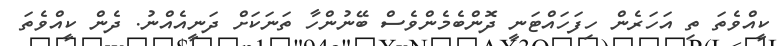
ކީއްވެތަ ތި އަހަރެން ހިފަހައްޓަނީ ދޮންބެމެންވެސް ބޭނުންހާ ތަނަކަށް ދަނީއެއްނު. ދެން ކީއްވެތަ